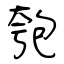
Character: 匏